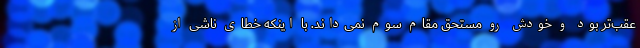
عقب‌تر بود و خودش رو مستحق مقام سوم نمى‌داند. با اينكه خطاى ناشى از